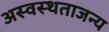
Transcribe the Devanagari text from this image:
अस्वस्थताजन्य